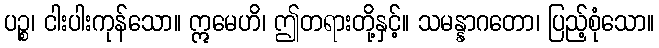
ပဉ္စ၊ ငါးပါးကုန်သော။ ဣမေဟိ၊ ဤတရားတို့နှင့်။ သမန္နာဂတော၊ ပြည့်စုံသော။